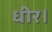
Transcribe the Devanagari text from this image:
धीर।